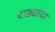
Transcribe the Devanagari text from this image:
वाड्यांचा